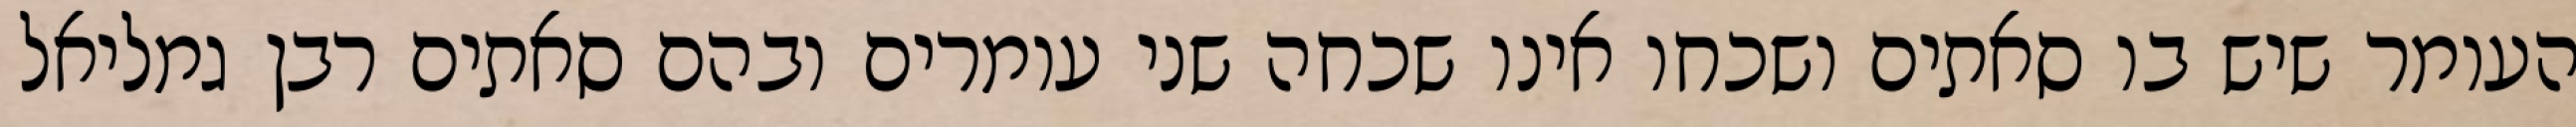
העומר שיש בו סאתים ושכחו אינו שכחה שני עומרים ובהם סאתים רבן גמליאל